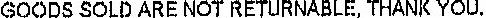
GOODS SOLD ARE NOT RETURNABLE, THANK YOU.